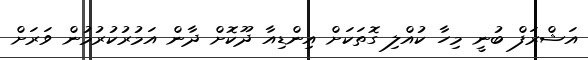
އަޝްރަފް ބުނީ މިހާ ކުއްލި ގޮތަކަށް އިންޑިއާ ދޫކޮށް ދާން އަމުރުކުރުމުން ވަރަށް